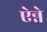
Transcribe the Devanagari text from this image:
ऐन्ने